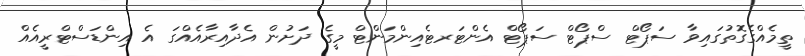
ތީމެއްގެގޮތުގައިވާ ސަޕޯޓް ސްޕޯޓް ސަޕޯޓް އެންޓަރޓެއިންމަންޓް މީގެ ދަށުން އެދާއިރާއެއްގަ އެ އިންޑަސްޓްރީއެއް